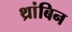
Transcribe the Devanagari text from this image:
थ्रांबिन